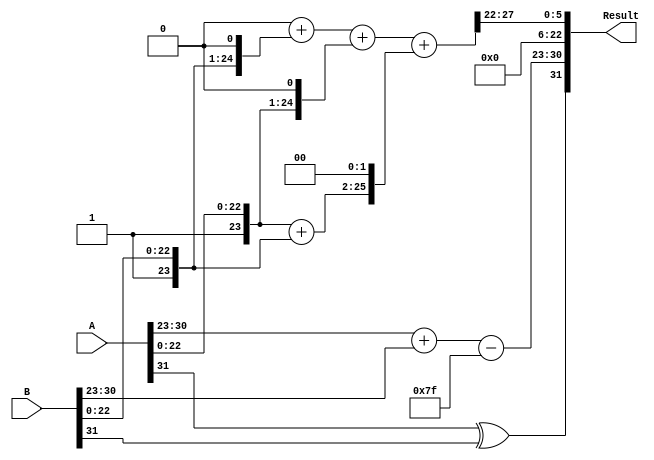
module radix4_fp_multiplier #(
    parameter E = 8, // Number of exponent bits
    parameter M = 23 // Number of significand bits (excluding the implicit bit)
)(
    input wire [E + M:0] A, // First floating-point operand
    input wire [E + M:0] B, // Second floating-point operand
    output reg [E + M:0] Result // Resulting floating-point product
);

    // Internal signals
    wire sign_A = A[E + M]; // Sign bit of A
    wire sign_B = B[E + M]; // Sign bit of B
    wire [E-1:0] exp_A = A[E + M - 1:E + M - E]; // Exponent of A
    wire [E-1:0] exp_B = B[E + M - 1:E + M - E]; // Exponent of B
    wire [M:0] mant_A = {1'b1, A[M-1:0]}; // Significand of A (with implicit bit)
    wire [M:0] mant_B = {1'b1, B[M-1:0]}; // Significand of B (with implicit bit)

    // Calculate the sign of the result
    wire sign_result = sign_A ^ sign_B;

    // Calculate the exponent of the result
    wire [E-1:0] bias = (1 << (E - 1)) - 1; // Bias for exponent
    wire [E-1:0] exp_result = exp_A + exp_B - bias; // Unbiased exponent sum

    // Radix-4 multiplication
    wire [M:0] P0, P1, P2, P3; // Partial products
    assign P0 = 0; // 00 -> 0
    assign P1 = mant_B; // 01 -> B
    assign P2 = mant_A; // 10 -> A
    assign P3 = mant_A + mant_B; // 11 -> A + B

    // Generate the final product
    wire [2*M:0] raw_product; // Raw product of significands
    assign raw_product = P0 + (P1 << 1) + (P2 << 1) + (P3 << 2); // Shift for alignment

    // Normalize the result
    reg [M:0] normalized_mant;
    reg [E-1:0] normalized_exp;
    reg [1:0] shift_count;

    always @(*) begin
        // Normalize the product
        if (raw_product[2*M]) begin
            // Shift right if the leading bit is 1
            normalized_mant = raw_product[2*M-1:M];
            normalized_exp = exp_result + 1;
        end else begin
            // No shift needed
            normalized_mant = raw_product[2*M-2:M-1];
            normalized_exp = exp_result;
        end
    end

    // Rounding logic (simple round to nearest even)
    reg [M:0] rounded_mant;
    always @(*) begin
        if (normalized_mant[M] == 1'b1) begin
            rounded_mant = normalized_mant + 1;
        end else begin
            rounded_mant = normalized_mant;
        end
    end

    // Assign the result
    always @(*) begin
        Result = {sign_result, normalized_exp, rounded_mant[M-1:0]};
    end

endmodule